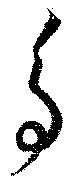
鳥